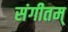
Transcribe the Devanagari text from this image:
संगीतम्‌